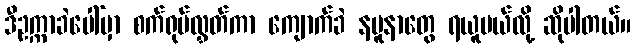
ဒီဥက္ကာခဲပေါ်မှာ စက်ရုပ်လွှတ်ကာ ကျောက်ခဲ နမူနာတွေ ရယူမယ်လို့ ဆိုပါတယ်။